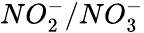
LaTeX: NO_{2}^{-}/NO_{3}^{-}